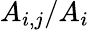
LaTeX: A_{i,j}/A_{i}